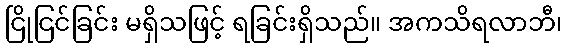
ငြိုငြင်ခြင်း မရှိသဖြင့် ရခြင်းရှိသည်။ အကသိရလာဘီ၊